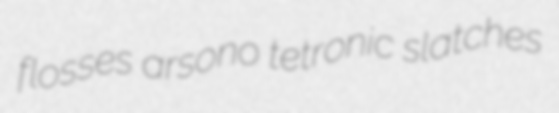
flosses arsono tetronic slatches